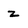
Character: z